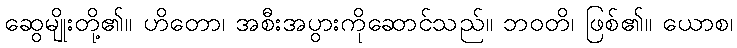
ဆွေမျိုးတို့၏။ ဟိတော၊ အစီးအပွားကိုဆောင်သည်။ ဘဝတိ၊ ဖြစ်၏။ ယောစ၊